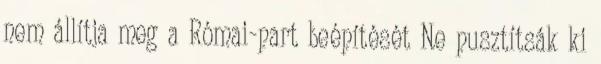
nem állítja meg a Római-part beépítését Ne pusztítsák ki